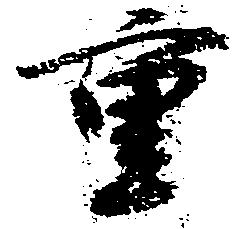
重